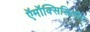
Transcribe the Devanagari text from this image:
ऍमॉक्सिसिलीन